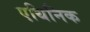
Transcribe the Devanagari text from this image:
एथिनिक